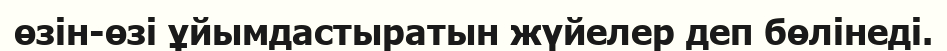
өзін-өзі ұйымдастыратын жүйелер деп бөлінеді.